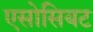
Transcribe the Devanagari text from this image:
एसोसियट